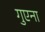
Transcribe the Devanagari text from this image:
गुएना